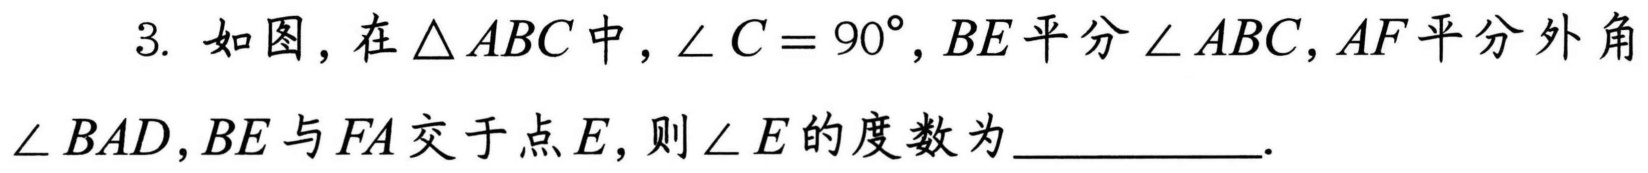
3. 如图，在\(\triangle ABC\)中，\(\angle C = 90^{\circ}\)，\(BE\)平分\(\angle ABC\)，\(AF\)平分外角\(\angle BAD\)，\(BE\)与\(FA\)交于点\(E\)，则\(\angle E\)的度数为\(\underline{\quad\quad}\).